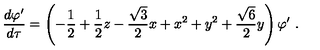
\frac { d \varphi ^ { \prime } } { d \tau } = \left( - \frac 1 2 + \frac 1 2 z - \frac { \sqrt { 3 } } { 2 } x + x ^ { 2 } + y ^ { 2 } + \frac { \sqrt 6 } { 2 } y \right) \varphi ^ { \prime } \ .